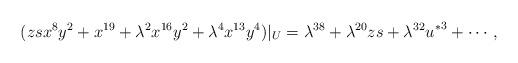
LaTeX: \begin{align*}(z s x^8 y^2 + x^{19} + \lambda^2 x^{16} y^2 + \lambda^4 x^{13} y^4)|_U = \lambda^{38} + \lambda^{20} z s + \lambda^{32} {u^*}^{3} + \cdots,\end{align*}